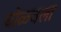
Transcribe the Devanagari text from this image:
घोळवला